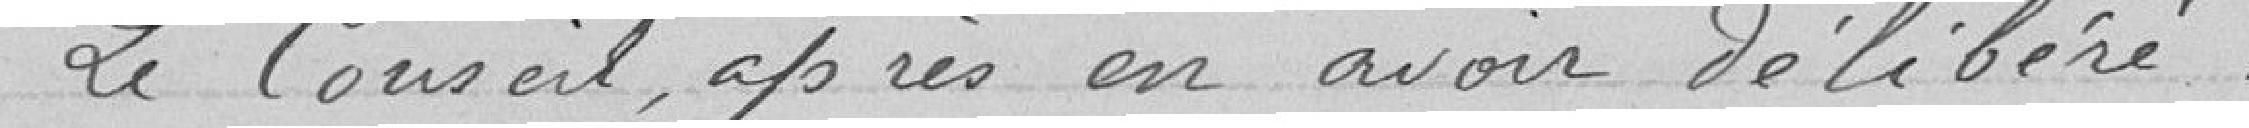
Le Conseil, après en avoir délibéré,